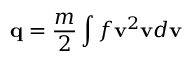
\mathbf { q } = { \frac { m } { 2 } } \int f \mathbf { v } ^ { 2 } \mathbf { v } d \mathbf { v }